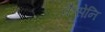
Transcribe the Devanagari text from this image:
कैसेनि